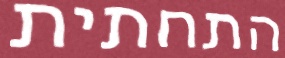
התחתית